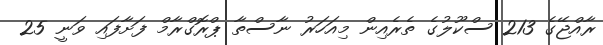
ރާއްޖޭގެ 213 ސްކޫލުގެ ތެރެއިން މިއަހަރު ނާސްތާ ޕްރޮގްރާމް ފަށާފައި ވަނީ 25